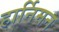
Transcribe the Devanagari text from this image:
हार्निमन